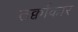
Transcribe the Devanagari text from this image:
तर्क्वाकार